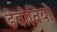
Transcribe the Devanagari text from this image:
डेवोतियो